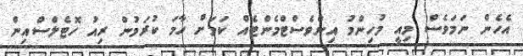
އެހެން ނަމަވެސް މިއީ މުހިންމު އިންވެސްޓްމެންޓެއް ކަމަށް ހާމަ ކުރަމުން ރިއު ހޮޓެލްސްއިން